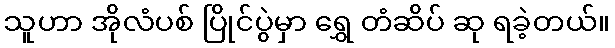
သူဟာ အိုလံပစ် ပြိုင်ပွဲမှာ ရွှေ တံဆိပ် ဆု ရခဲ့တယ်။